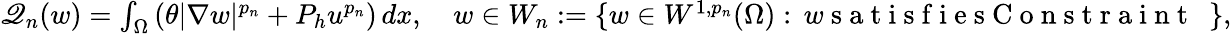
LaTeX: \begin{array}{r}{\mathscr{Q}_{n}(w)=\int_{\Omega}\left(\theta|\nabla w|^{p_{n}}+P_{h}u^{p_{n}}\right)\, dx,\quad w\in W_{n}:=\{ w\in W^{1,p_{n}}(\Omega):\, w\mathrm{~s~a~t~i~s~f~i~e~s~C~o~n~s~t~r~a~i~n~t~~~}\} ,}\end{array}